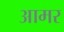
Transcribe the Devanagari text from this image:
आमर